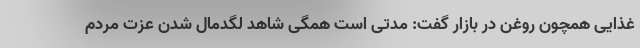
غذایی همچون روغن در بازار گفت: مدتی است همگی شاهد لگدمال شدن عزت مردم